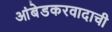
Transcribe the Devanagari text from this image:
आंबेडकरवादाची